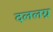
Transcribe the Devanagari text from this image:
दललग्न